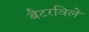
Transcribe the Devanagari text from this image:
बैटरविले